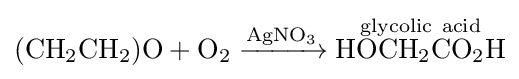
{(\mathrm {CH} {\vphantom {A}}_{\smash[{t}]{2}}\mathrm {CH} {\vphantom {A}}_{\smash[{t}]{2}})\mathrm {O} {}+{}\mathrm {O} {\vphantom {A}}_{\smash[{t}]{2}}{}\mathrel {\xrightarrow {\mathrm {AgNO} {\vphantom {A}}_{\smash[{t}]{3}}} } {}{\overset {\mathrm {glycolic} \ \mathrm {acid} }{\mathrm {HOCH} {\vphantom {A}}_{\smash[{t}]{2}}\mathrm {CO} {\vphantom {A}}_{\smash[{t}]{2}}\mathrm {H} }}}